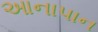
આનાપાન